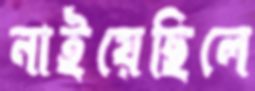
নাইয়েছিলে